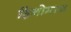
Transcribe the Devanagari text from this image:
हिनोमारू